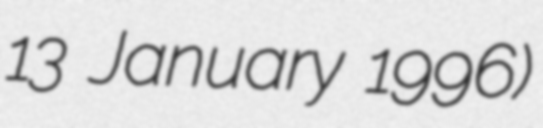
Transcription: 13 January 1996)